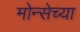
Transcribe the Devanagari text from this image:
मोन्सेच्या